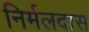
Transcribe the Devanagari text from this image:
निर्मलदास